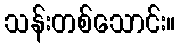
သန်းတစ်သောင်း။